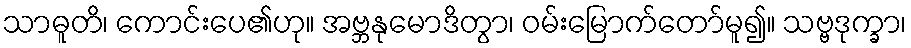
သာဓူတိ၊ ကောင်းပေ၏ဟု။ အဗ္ဘနုမောဒိတွာ၊ ဝမ်းမြောက်တော်မူ၍။ သဗ္ဗဒုက္ခာ၊